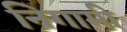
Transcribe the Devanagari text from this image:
निगामी